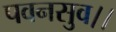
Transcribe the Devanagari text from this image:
पवनसुव।।